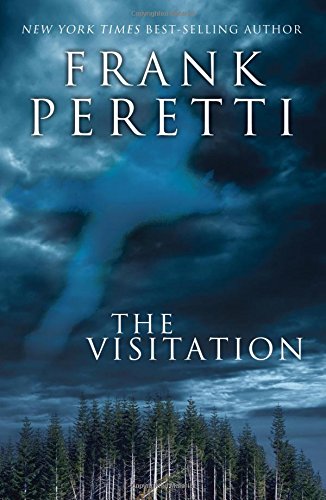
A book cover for The Visitation; Frank E. Peretti; Christian Books & Bibles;